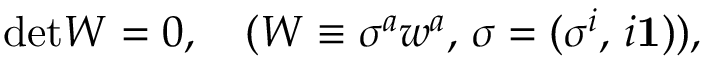
\mathrm { d e t } W = 0 , \quad ( W \equiv \sigma ^ { a } w ^ { a } , \, \sigma = ( \sigma ^ { i } , \, i { \mathbf 1 } ) ) ,